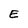
Character: E